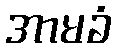
အာမခံ